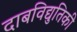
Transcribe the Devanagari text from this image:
दाबविद्युतिकी